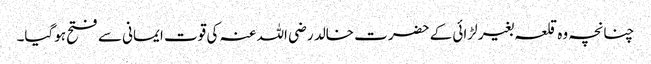
چنانچہ وہ قلعہ بغیر لڑائی کے حضرت خالد رضی اللہ عنہ کی قوت ایمانی سے فتح ہوگیا۔